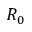
R _ { 0 }